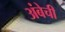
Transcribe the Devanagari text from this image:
अंबेची